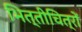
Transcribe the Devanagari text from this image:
भित्तीचित्रों